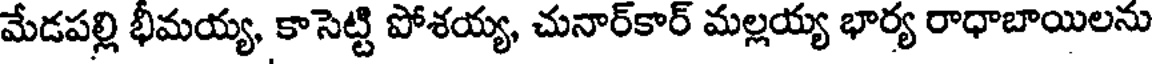
మేడపల్లి భీమయ్య, కాసెట్టి పోశయ్య, చునార్కార్ మల్లయ్య భార్య రాధాబాయిలను